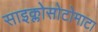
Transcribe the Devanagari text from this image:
साइक्लोसोटोमाटा